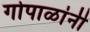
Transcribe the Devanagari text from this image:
गोपाळांनी